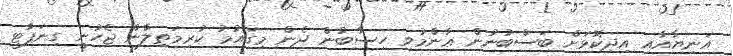
އަނިޔާއާއި އިދިކޮޅަށް ބަސްބުނުން ޢާންމުވި ހިސާބުން ދެން މިގައުމު ކުރިމަތިލާން ޖެހުނީ ގިނަޕާޓީ